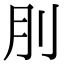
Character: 刖